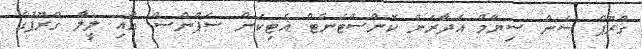
ގްރޫޕް ސަން ސިޔާމް އަދާރަން ކޮންސްޓެންޓް އެޓިކަން ސެޕްންސް އާއި ލީލާ ގްރޫޕުގެ